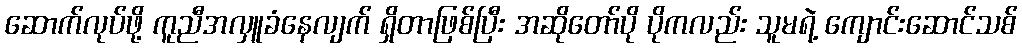
ဆောက်လုပ်ဖို့ ကူညီအလှူခံနေလျက် ရှိတာဖြစ်ပြီး အဆိုတော်ပို ပိုကလည်း သူမရဲ့ ကျောင်းဆောင်သစ်